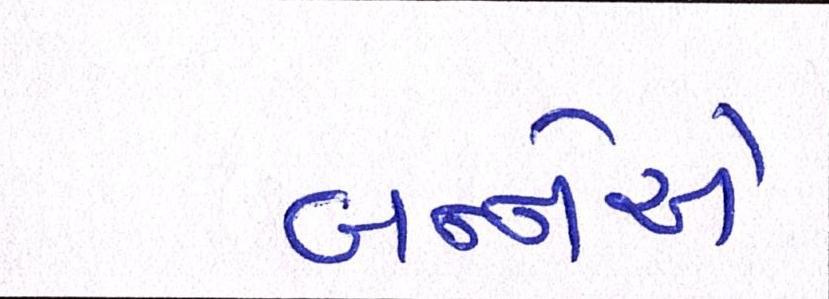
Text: બન્નેએ